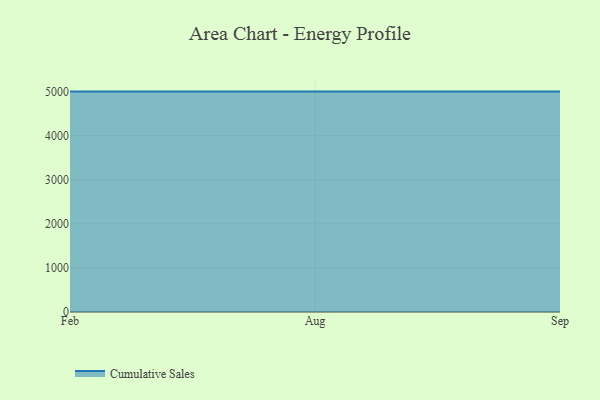
{"axis": {"x": "Month", "y": "Gross Profit (USD K)"}, "legend": ["Cumulative Sales"], "data": [{"x": "Feb", "y": 5000, "type": "Cumulative Sales"}, {"x": "Aug", "y": 5000, "type": "Cumulative Sales"}, {"x": "Sep", "y": 5000, "type": "Cumulative Sales"}]}